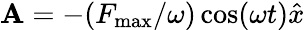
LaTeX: {\mathbf A}=-({F_{\mathrm{max}}}/{\omega})\cos(\omega t)\hat{x}